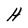
Character: H